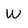
Character: W